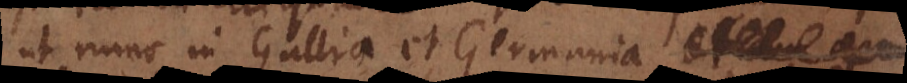
ut nunc in Gallia et Germania